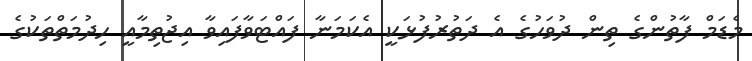
މެޑަމް ފާތުންގެ ތިން ދުވަހުގެ އެ ދަތުރުފުޅަކީ އެކަމަނާ ފައްޓަވާފައިވާ އިޖުތިމާއީ ހިދުމަތްތަކުގެ